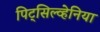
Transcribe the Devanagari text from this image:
पिट्‌सिल्व्हेनिया